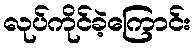
လုပ်ကိုင်ခဲ့ကြောင်း